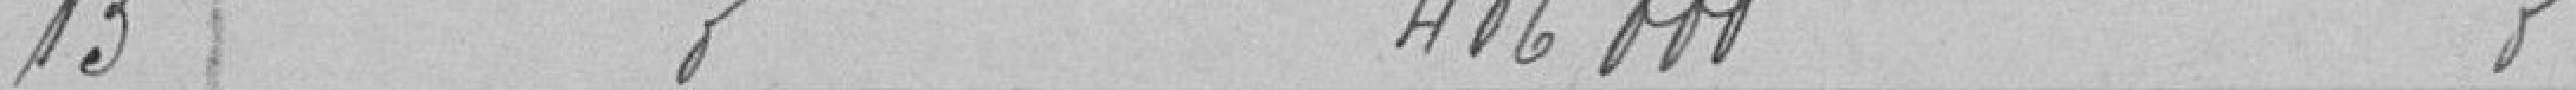
13 Emprunt de  406 000 Reste 1907